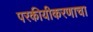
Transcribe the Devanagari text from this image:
परकीयीकरणाचा